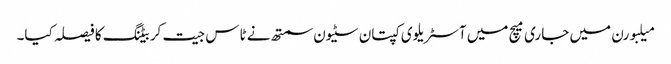
میلبورن میں جاری میچ میں آسٹریلوی کپتان سٹیون سمتھ نے ٹاس جیت کر بیٹنگ کا فیصلہ کیا۔